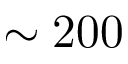
\sim 2 0 0